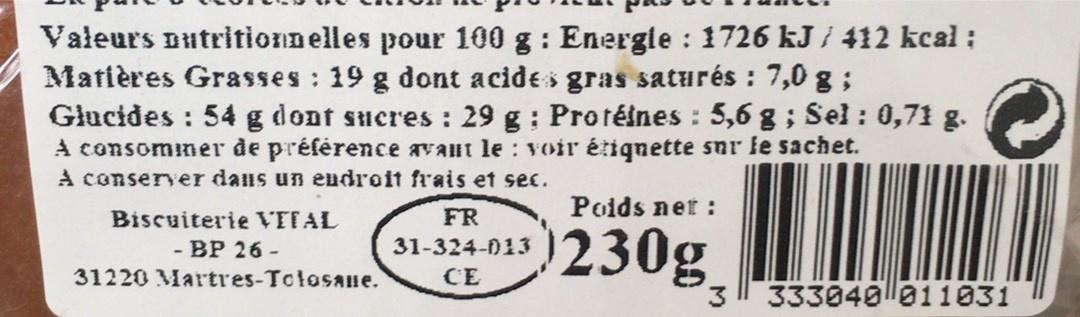
Valeurs nutritionnelles pour 100 g : Energle : 1726 kJ / 412 kcal : Matières Grasses : 19 g dont acides gras saturés : 7,0 g ; Głucides : 54 g dont sucres : 29 g : Protéines : 5,6 g ; Sel : 0,71 g. A consomimer de préférence avaut le: voir étiqnette snr le sachet. A conserver dans un eudroit frais et sec.
Poids net :
Biscuiterie VTTAL
FR
230g_
- BP 26 -
31-324-013
31220 Martres-Tolosane.
CE
333040l011031